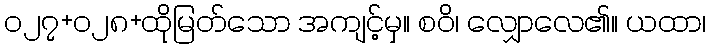
၀၂၇+၀၂၈+ထိုမြတ်သော အကျင့်မှ။ စဝိ၊ လျှောလေ၏။ ယထာ၊